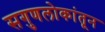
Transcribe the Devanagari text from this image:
सगुणलोकांतून